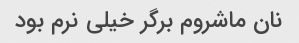
نان ماشروم برگر خیلی نرم بود